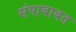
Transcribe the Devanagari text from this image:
संपाबाबत